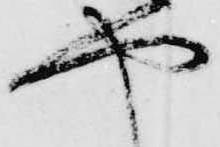
や